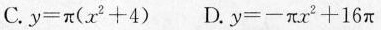
C. $$y = π ( x ^ { 2 } + 4 )$$ D. $$y = - π x ^ { 2 } + 1 6 π$$